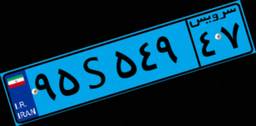
۳۰S۳۸۹۵۷